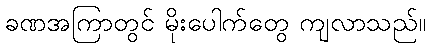
ခဏအကြာတွင် မိုးပေါက်တွေ ကျလာသည်။